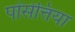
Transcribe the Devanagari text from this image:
पोंसेत्तिया